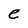
Character: e